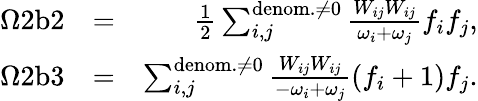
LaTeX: \begin{array}{rlr}{\Omega 2\mathrm{b}2}&{=}&{\frac{1}{2}\sum_{i,j}^{\mathrm{denom.}\neq 0}\frac{W_{ij}W_{ij}}{\omega_{i}+\omega_{j}}f_{i}f_{j},}\\ {\Omega 2\mathrm{b}3}&{=}&{\sum_{i,j}^{\mathrm{denom.}\neq 0}\frac{W_{ij}W_{ij}}{-\omega_{i}+\omega_{j}}(f_{i}+1)f_{j}.}\end{array}